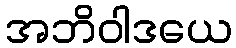
အဘိဝါဒယေ